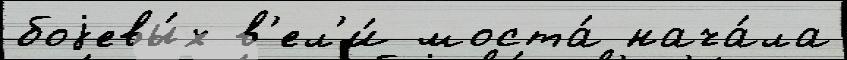
боjевы́х в'ел'и́ моста́ нача́ла